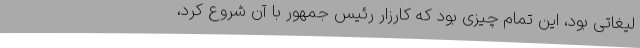
لیغاتی بود، این تمام چیزی بود که کارزار رئیس جمهور با آن شروع کرد،